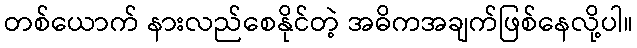
တစ်ယောက် နားလည်စေနိုင်တဲ့ အဓိကအချက်ဖြစ်နေလို့ပါ။